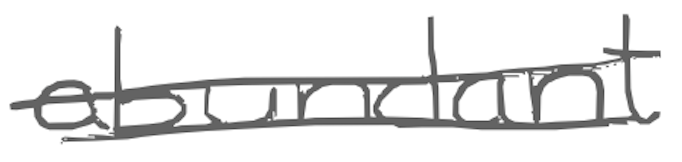
Text: abundant
Cross-out: double-line
Writing tool: digital_gray